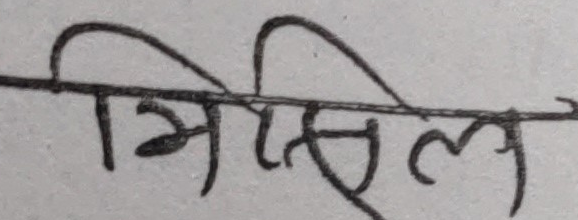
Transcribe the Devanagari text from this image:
मिसिल